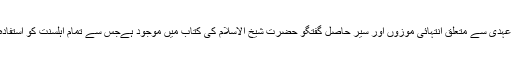
یزید کی ولی عہدی سے متعلق انتہائی موزوں اور سیر حاصل گفتگو حضرت شیخ الاسلام کی کتاب میں موجود ہےجس سے تمام اہلسنت کو استفادہ کرنا چاہیے۔